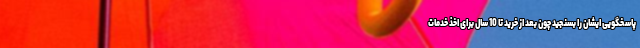
پاسخگویی ایشان را بسنجید چون بعد از خرید تا 10 سال برای اخذ خدمات